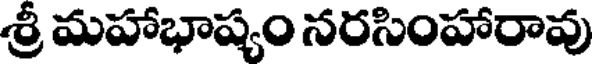
శ్రీ మహాభాష్యం నరసింహారావు